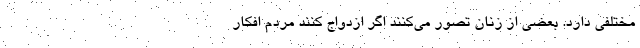
مختلفی دارد. بعضی از زنان تصور می‌کنند اگر ازدواج کنند مردم افکار